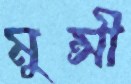
মুন্সী